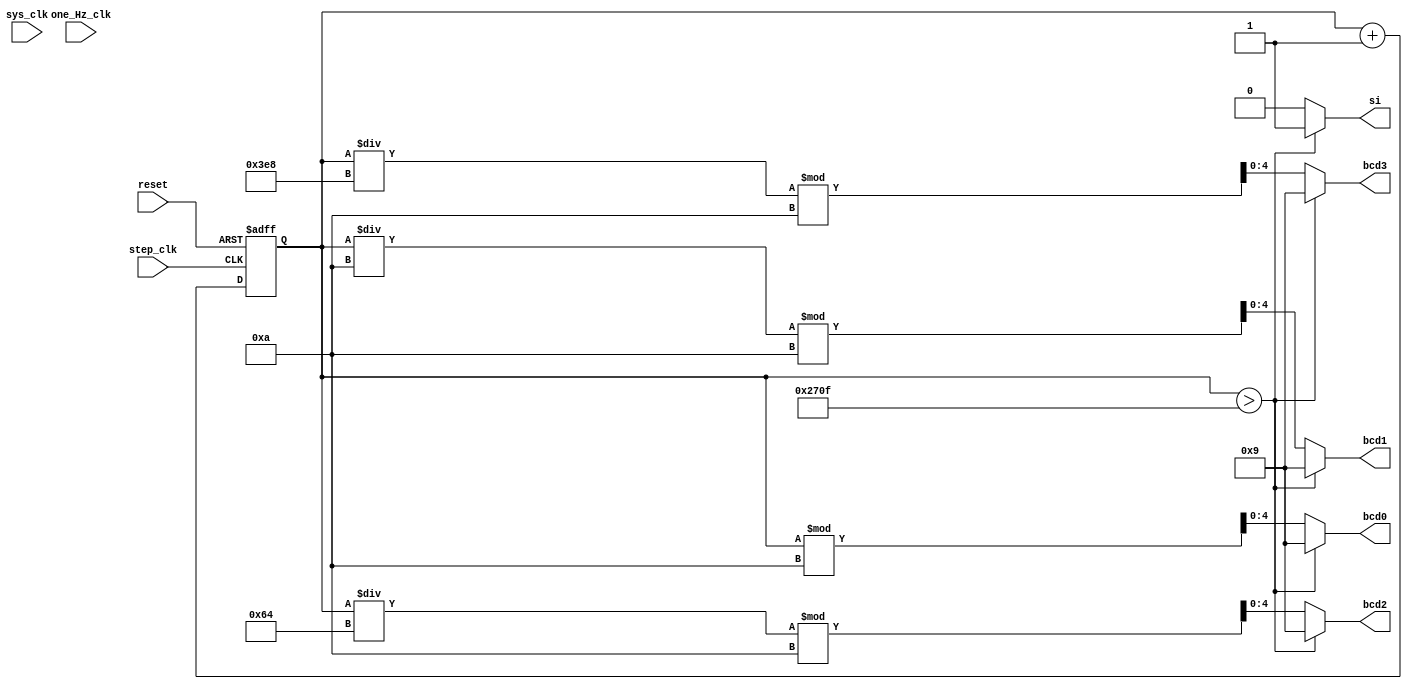
module tracker(step_clk, reset, one_Hz_clk, sys_clk, si, bcd3, bcd2, bcd1, bcd0); 
input step_clk, reset, one_Hz_clk, sys_clk;
output si;
output [4:0] bcd3, bcd2, bcd1, bcd0;

reg [30:0] step_counter; 
reg [31:0] shift_register;
reg [30:0] steps_in_one_sec_counter;
reg [30:0] up_to_nine_sec_counter;
reg [3:0] steps_over_32_per_sec_counter;
wire one_Hz_clk_SP, adder_sel, adder_in, clk_sel, first_nine_sec_pulse;
wire [4:0] step_counter_bcd3, step_counter_bcd2, step_counter_bcd1, step_counter_bcd0;
wire [4:0] distance_covered_bcd3, distance_covered_bcd2, distance_covered_bcd1, distance_covered_bcd0; 

//Part 1: Total Step Count
always @(posedge step_clk or posedge reset) 
begin
	if(reset == 1'b1) step_counter <= 31'b0;
	else step_counter <= step_counter + 1;
end

assign si = (step_counter > 9999) ?	1'b1 : 1'b0;
assign step_counter_bcd0 = (step_counter > 9999) ? 5'd9 : (step_counter % 10); 
assign step_counter_bcd1 = (step_counter > 9999) ? 5'd9 : ((step_counter/10) % 10);
assign step_counter_bcd2 = (step_counter > 9999) ? 5'd9 : ((step_counter/100) % 10);
assign step_counter_bcd3 = (step_counter > 9999) ? 5'd9 : ((step_counter/1000) % 10);

assign bcd3 = step_counter_bcd3;
assign bcd2 = step_counter_bcd2;
assign bcd1 = step_counter_bcd1;
assign bcd0 = step_counter_bcd0;


/*
//Part 2: Distance Covered
always @(posedge step_clk)
begin
	shift_register <= {11'b0, step_counter[30:10]}; //right shifts the step_counter by 11 bits	
end													//shift_register will hold the whole number of miles in bits [31:1]
													// and the fractional number of miles in bit 0

//the seven segment displays will show distance covered in the form of 0W_F
// where W is the whole number of miles and F is the fractional number of miles								
assign distance_covered_bcd3 = 5'd0;
assign distance_covered_bcd2 = shift_register[5:1]; //whole number of miles
assign distance_covered_bcd1 = 5'h1F; //TODO: make sure the seven seg display module decodes this as an "_"
assign distance_covered_bcd0 = (shift_register[0] == 1'b1) ? 5'd5 : 5'd0;


//Part 3: Steps Over 32/sec 

single_pulse single_pulser(sys_clk, one_Hz_clk, one_Hz_clk_SP);

always @(posedge step_clk or posedge reset or posedge one_Hz_clk_SP)  //steps in one sec counter
begin
	if(reset == 1'b1) steps_in_one_sec_counter <= 31'b0;
	else if(one_Hz_clk_SP) steps_in_one_sec_counter <= 31'b0;
	else steps_in_one_sec_counter <= steps_in_one_sec_counter + 1;
end

always @(posedge one_Hz_clk_SP or posedge reset) //up to 9 sec counter
begin
	if(reset == 1'b1) up_to_nine_sec_counter <= 31'b0;
	else up_to_nine_sec_counter <= up_to_nine_sec_counter + 1;
end

always @(posedge first_nine_sec_pulse or posedge reset) //how many of first nine secs had activity over 32 steps per sec
begin
	if(reset == 1'b1) steps_over_32_per_sec_counter <= 4'b0;
	else steps_over_32_per_sec_counter <= steps_over_32_per_sec_counter + adder_in;
end

assign adder_sel = (steps_in_one_sec_counter > 32) ? 1'b1 : 1'b0;
assign clk_sel = (up_to_nine_sec_counter < 9) ? 1'b1 : 1'b0;
assign adder_in = adder_sel ? 1'b1 : 1'b0;
assign first_nine_sec_pulse = clk_sel ? one_Hz_clk_SP : 1'b0; 
*/
endmodule 





/*
//Single Pulse
module AND(a, b, out);
input a, b;
output out;

assign out = a & b;

endmodule

module DFF(clk, d, q, q_bar);
input clk, d;
output q, q_bar;

reg q, q_bar;

always @(posedge clk)
begin
  q <= d;
  q_bar <= ~d;
end

endmodule


module debounce(clk, D, SYNCPRESS);
input clk, D;
output SYNCPRESS;

DFF flop1(clk, D, flop1_Q, unused1);
DFF flop2(clk, flop1_Q, SYNCPRESS, unused2);

endmodule


module single_pulse(clk, press, SP);
input clk, press;
output SP;

debounce debouncer(clk, press, sync_press);
DFF flip_flop(clk, sync_press, unused, q_bar);
AND and_gate(sync_press, q_bar, SP);

endmodule
*/